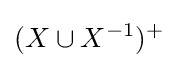
({X\cup X^{-1}})^{+}